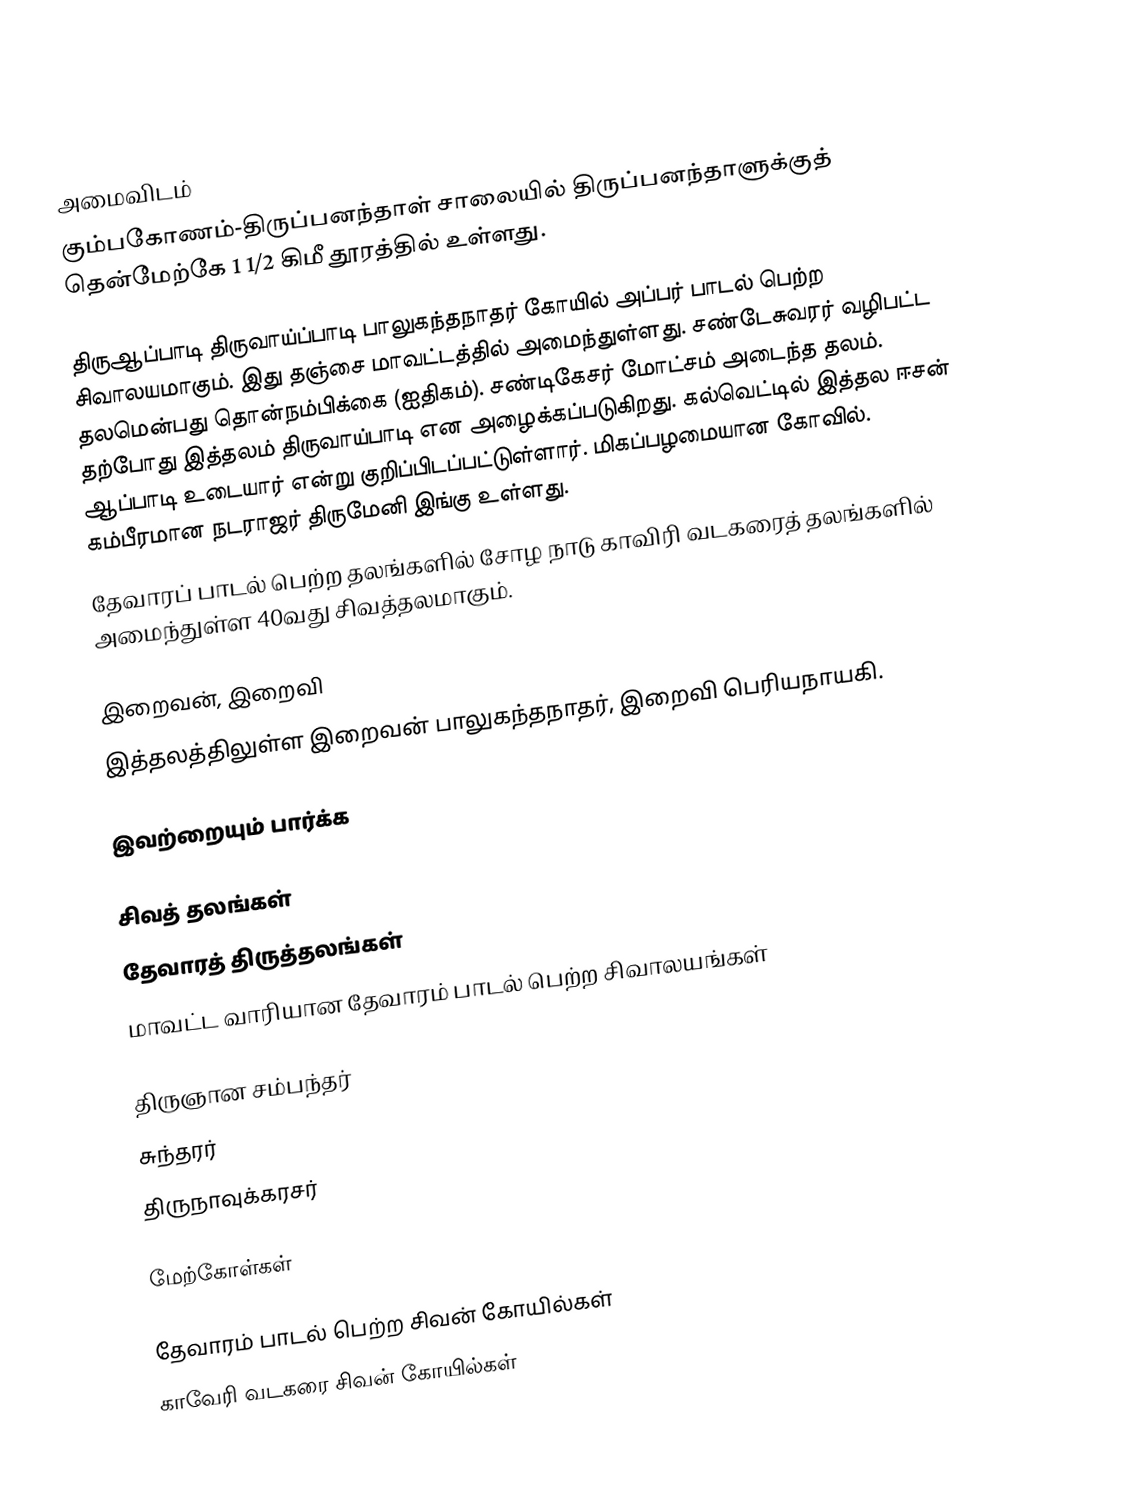

அமைவிடம்
கும்பகோணம்-திருப்பனந்தாள் சாலையில் திருப்பனந்தாளுக்குத் தென்மேற்கே 1 1/2 கிமீ தூரத்தில்  உள்ளது.

திருஆப்பாடி திருவாய்ப்பாடி பாலுகந்தநாதர் கோயில் அப்பர் பாடல் பெற்ற சிவாலயமாகும். இது தஞ்சை மாவட்டத்தில் அமைந்துள்ளது. சண்டேசுவரர் வழிபட்ட தலமென்பது தொன்நம்பிக்கை (ஐதிகம்). சண்டிகேசர் மோட்சம் அடைந்த தலம். தற்போது இத்தலம் திருவாய்பாடி என அழைக்கப்படுகிறது. கல்வெட்டில் இத்தல ஈசன் ஆப்பாடி உடையார் என்று குறிப்பிடப்பட்டுள்ளார். மிகப்பழமையான கோவில். கம்பீரமான நடராஜர் திருமேனி இங்கு உள்ளது.
தேவாரப் பாடல் பெற்ற தலங்களில் சோழ நாடு காவிரி வடகரைத் தலங்களில் அமைந்துள்ள 40வது சிவத்தலமாகும்.

இறைவன், இறைவி
இத்தலத்திலுள்ள இறைவன் பாலுகந்தநாதர், இறைவி பெரியநாயகி.

இவற்றையும் பார்க்க

 சிவத் தலங்கள்
 தேவாரத் திருத்தலங்கள்
 மாவட்ட வாரியான தேவாரம் பாடல் பெற்ற சிவாலயங்கள்

 திருஞான சம்பந்தர்
 சுந்தரர்
 திருநாவுக்கரசர்

மேற்கோள்கள்

தேவாரம் பாடல் பெற்ற சிவன் கோயில்கள்
காவேரி வடகரை சிவன் கோயில்கள்